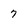
Character: 7